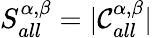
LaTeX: \displaystyle S_{all}^{\alpha,\beta}=|\mathcal{C}_{all}^{\alpha,\beta}|